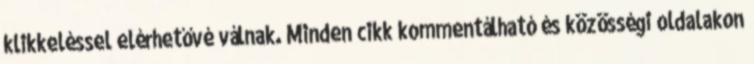
klikkeléssel elérhetővé válnak. Minden cikk kommentálható és közösségi oldalakon